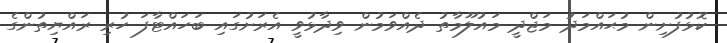
ކޮޅުފުށިން މުޙައްމަދު މަޖްދީ މައުލޫމާތު ދެއްވަމުން ވިދާޅުވީ އެރަށުގައި ބަހައްޓާފަ ހުރި ރައްޔިތުންގެ